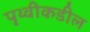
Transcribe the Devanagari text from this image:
पॄथ्वीकडील